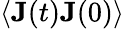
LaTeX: \langle\mathbf{J}(t)\mathbf{J}(0)\rangle